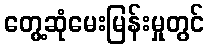
တွေ့ဆုံမေးမြန်းမှုတွင်